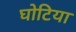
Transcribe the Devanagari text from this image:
घोटिया